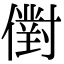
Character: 𠏮